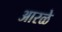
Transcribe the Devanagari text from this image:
आरळे